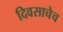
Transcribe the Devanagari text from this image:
दिवसाचेच